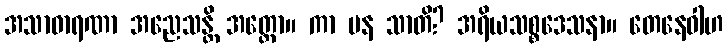
အသာဓာရဏာ အညေသန္တိ အတ္ထော။ ကာ ပန သာတိ? အရိယသစ္စဒေသနာ။ တေနေဝါဟ